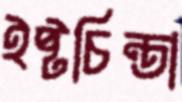
ইষ্টচিন্তা